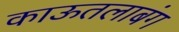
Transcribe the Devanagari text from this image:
काऊतलाबंग